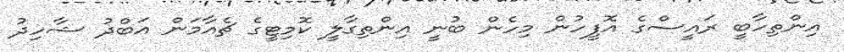
އިންތިހާބީ ރައީސްގެ އޮފީހުން މިހެން ބުނީ އިންތިގާލީ ކޮމިޓީގެ ޗެއާމަން އަބްދު ޝާހިދު